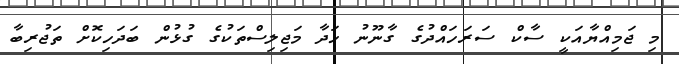
މި ޖަމިއްޔާއަކީ ސާކް ސަރަހައްދުގެ ގާނޫނު ހަދާ މަޖިލިސްތަކުގެ ގުޅުން ބަދަހިކޮށް ތަޖުރިބާ